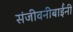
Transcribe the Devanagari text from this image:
संजीवनीबाईंनी